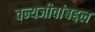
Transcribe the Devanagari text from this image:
वन्यजीवांबद्दल